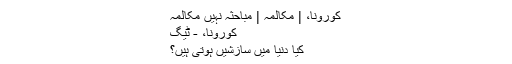
کورونا، | مکالمہ | مباحثہ نہیں مکالمہ
کورونا، - ٹیگ
کیا دنیا میں سازشیں ہوتی ہیں؟